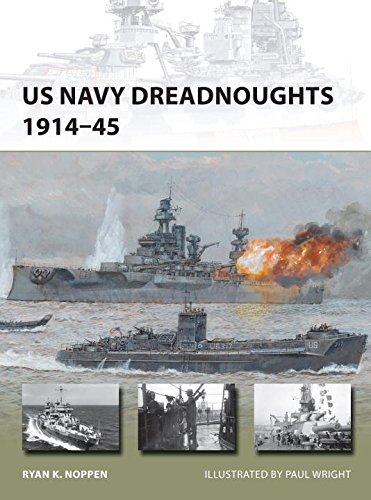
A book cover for US Navy Dreadnoughts 1914-45 (New Vanguard); Ryan Noppen; History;